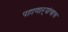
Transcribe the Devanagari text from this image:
पहाणाऱ्यांचाच